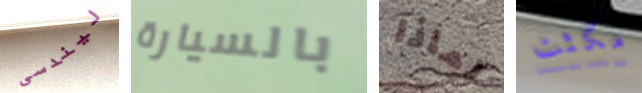
ليندسى بالسيارة لماذا مكثت